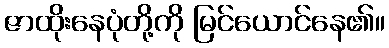
ဇာထိုးနေပုံတို့ကို မြင်ယောင်နေ၏။